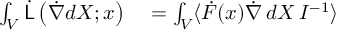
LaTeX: \begin{array} { r l } { \int _ { V } { \dot { \mathsf { L } } } \left( { \dot { \nabla } } d X ; x \right) } & { { } = \int _ { V } \langle { \dot { F } } ( x ) { \dot { \nabla } } \, d X \, I ^ { - 1 } \rangle } \end{array}